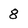
Character: 8